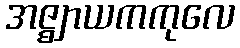
အဇ္ဈာယကကုလေ